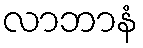
လာဘာနံ